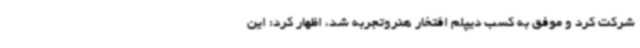
شرکت کرد و موفق به کسب دیپلم افتخار هنروتجربه شد، اظهار کرد: این